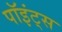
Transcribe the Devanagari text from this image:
पॉइंट्‌स